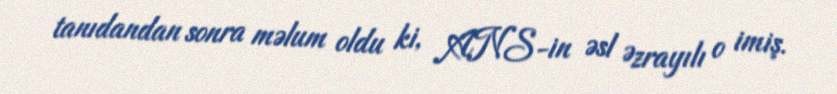
tanıdandan sonra məlum oldu ki, ANS-in əsl Əzrayılı o imiş.